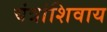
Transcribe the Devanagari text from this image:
यंत्रांशिवाय